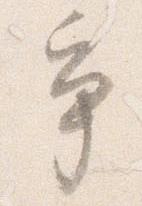
争